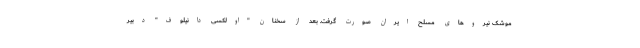
موشک نیروهای مسلح ایران صورت گرفت. بعد از سخنان "اولکسی دانیلوف" دبیر